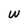
Character: W